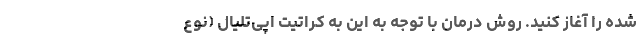
شده را آغاز کنید. روش درمان با توجه به این به کراتیت اپی‌تلیال (نوع